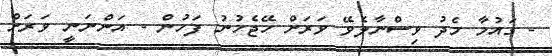
- ގައުމާ މެދު ވިސްނާލެވޭ ވަރަށް ހޭޖެހުނު ފަހުން - އަންނަނީ ވަރަށް